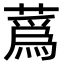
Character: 蔿